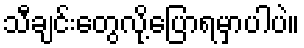
သီချင်းတွေလို့ပြောရမှာပါပဲ။